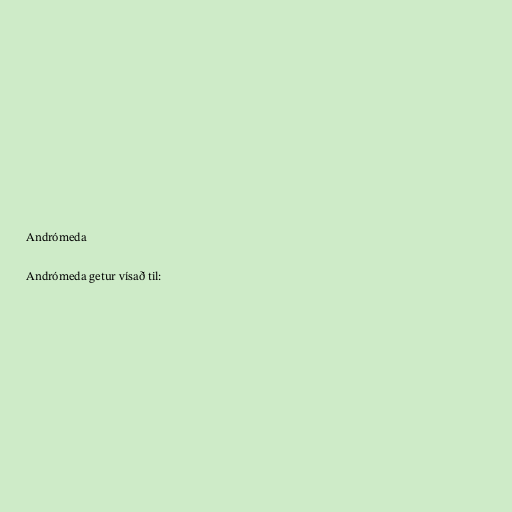
Andrómeda

Andrómeda getur vísað til: